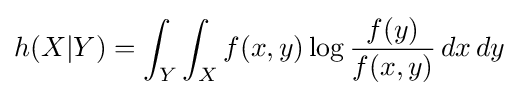
h(X|Y)=\int _{Y}\int _{X}f(x,y)\log {\frac {f(y)}{f(x,y)}}\,dx\,dy